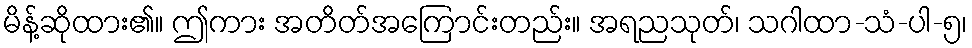
မိန့်ဆိုထား၏။ ဤကား အတိတ်အကြောင်းတည်း။ အရညသုတ်၊ သဂါထာ-သံ-ပါ-၅၊